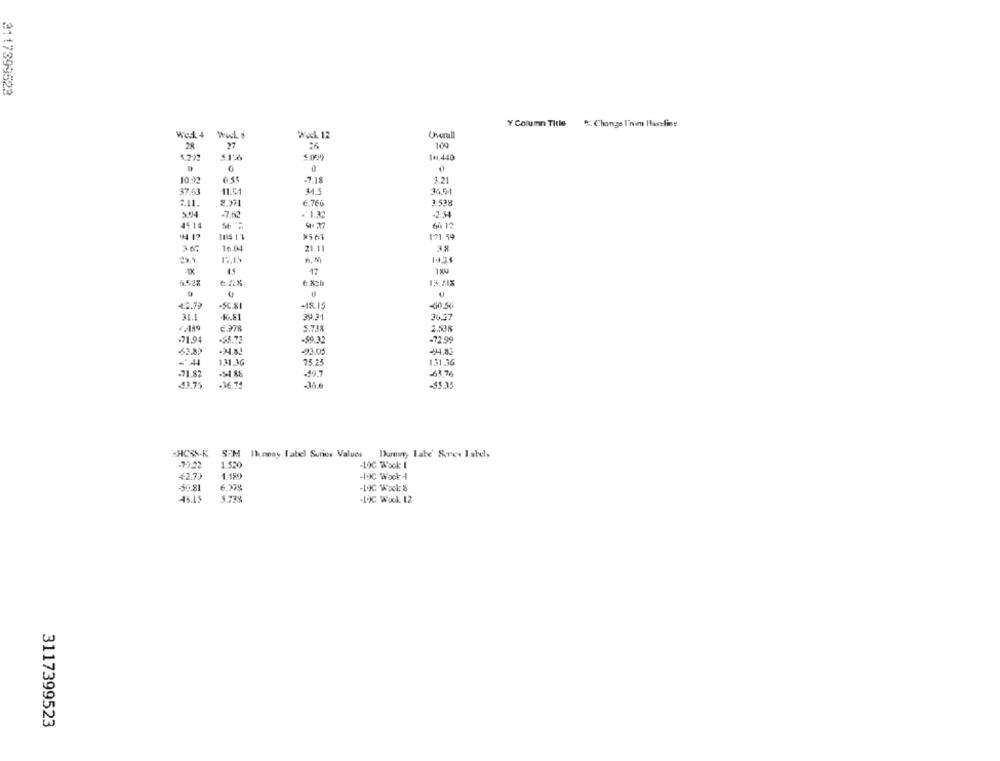
3117399523
Change I'nam Icceling
Y Column Title
Wod. 12
28
27
100
1.2.22
$.009
111.440
10.01
ess
-7,18
$.21
41.51
7.11.
€.766
3.538
3.94
-7.62
-1.32
-2.54
44 14
66 12
14 17
104 13
121 59
16.04
21.11
47
1 8U
6 . x
6 xh
13.51%
42.79
-18.15
SC.SI
31.1
39.31
36.37
4 .489
5.738
2.538
-71,94
-6S.11
-59.32
-729
62.89
-93.05
- 4
131.36
73.25
1.31.36
-51.88
-19.7
-68,75
-71.8
.16.79
J6.6
-35.35
AHCSS-K
SPM Ilunnay label Suries Values
During Labe Seres Labels
-29.22
1.520
-10℃ Wook I
42.7)
1.150
-IOC Wook 4
-50.81
-10C Wool: 5
45.15
5.73%
-LOC Wouk 12
3117399523